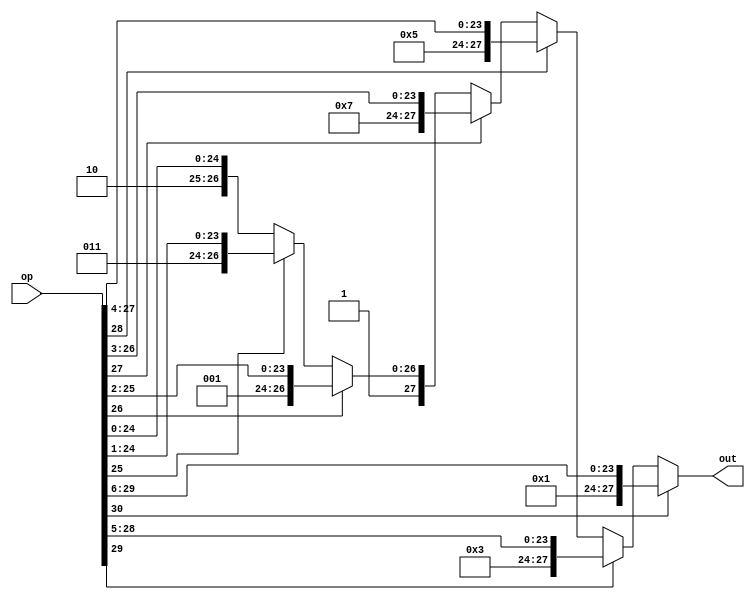
`timescale 1us / 100ns
`default_nettype none

module ZLC_exp(
    input wire [30:0] op,
    output wire [27:0] out
);
assign out =(op[30]) ? {3'd0, op[30:6]} :
            (op[29]) ? {3'd1, op[29:5]} : 
            (op[28]) ? {3'd2, op[28:4]} :
            (op[27]) ? {3'd3, op[27:3]} :
            (op[26]) ? {3'd4, op[26:2]} :
            (op[25]) ? {3'd5, op[25:1]} : {3'd6, op[24:0]};//|op[30:24] == 1

endmodule

module ZLC_fra(
    input wire [23:0] op,
    output wire [28:0] out
);
assign out =(op[23]) ? {5'd0, op[22:0], 1'd0} :
            (op[22]) ? {5'd1, op[21:0], 1'd0, 1'b0} :
            (op[21]) ? {5'd2, op[20:0], 2'd0, 1'b0} :
            (op[20]) ? {5'd3, op[19:0], 3'd0, 1'b0} :
            (op[19]) ? {5'd4, op[18:0], 4'd0, 1'b0} :
            (op[18]) ? {5'd5, op[17:0], 5'd0, 1'b0} :
            (op[17]) ? {5'd6, op[16:0], 6'd0, 1'b0} :
            (op[16]) ? {5'd7, op[15:0], 7'd0, 1'b0} :
            (op[15]) ? {5'd8, op[14:0], 8'd0, 1'b0} :
            (op[14]) ? {5'd9, op[13:0], 9'd0, 1'b0} :
            (op[13]) ? {5'd10, op[12:0], 10'd0, 1'b0} :
            (op[12]) ? {5'd11, op[11:0], 11'd0, 1'b0} :
            (op[11]) ? {5'd12, op[10:0], 12'd0, 1'b0} :
            (op[10]) ? {5'd13, op[9:0], 13'd0, 1'b0} :
            (op[9]) ? {5'd14, op[8:0], 14'd0, 1'b0} :
            (op[8]) ? {5'd15, op[7:0], 15'd0, 1'b0} :
            (op[7]) ? {5'd16, op[6:0], 16'd0, 1'b0} :
            (op[6]) ? {5'd17, op[5:0], 17'd0, 1'b0} :
            (op[5]) ? {5'd18, op[4:0], 18'd0, 1'b0} :
            (op[4]) ? {5'd19, op[3:0], 19'd0, 1'b0} :
            (op[3]) ? {5'd20, op[2:0], 20'd0, 1'b0} :
            (op[2]) ? {5'd21, op[1:0], 21'd0, 1'b0} :
            (op[1]) ? {5'd22, op[0], 22'd0, 1'b0} :
            (op[0]) ? {5'd23, 23'd0, 1'b0} : {5'd24, 23'd0, 1'b1};

endmodule

module itof (
    input wire [31:0] op,
    output reg [31:0] result,
    input wire clk,
    input wire reset
);

reg sig;
reg [30:0] abs_op;

wire [27:0] outpre;
ZLC_exp ZLC_exp_1(abs_op, outpre);
wire [2:0] exp_zero_count;
wire [23:0] fra;
wire kuriagari;
assign exp_zero_count = outpre[27:25];
assign fra = outpre[24:1];
assign kuriagari = outpre[0];
wire fra_all_one;
assign fra_all_one = &fra;

reg [2:0] exp_zero_count_reg;
wire [7:0] zero_exp_zero_count;
assign zero_exp_zero_count = {5'd0, exp_zero_count_reg};
reg [22:0] fra_result;
reg sig_result;
reg [7:0] sub_from;
reg use_fra_plus_1;
reg [23:0] for_fra_plus_1;

wire [28:0] outpre_2;
ZLC_fra ZLC_fra_1(abs_op[23:0], outpre_2);
wire [4:0] fra_zero_count;
wire [22:0] fra_2;
wire is_zero;
assign fra_zero_count = outpre_2[28:24];
assign fra_2 = outpre_2[23:1];
assign is_zero = outpre_2[0];

reg [4:0] fra_zero_count_reg;
wire [7:0] zero_fra_zero_count;
assign zero_fra_zero_count = {3'd0, fra_zero_count_reg};

reg is_zero_reg;
reg exact;

wire [23:0] fra_plus_1;
assign fra_plus_1 = for_fra_plus_1 + 24'd1;
wire [7:0] exp_exact;
assign exp_exact = sub_from - zero_fra_zero_count;
wire [7:0] exp_not_exact;
assign exp_not_exact = sub_from - zero_exp_zero_count;

wire [31:0] result_use_fra_plus_1;
assign result_use_fra_plus_1 = {sig_result, exp_not_exact, fra_plus_1[22:0]};
wire [31:0] result_not_exact;
assign result_not_exact = {sig_result, exp_not_exact, fra_result};
wire [31:0] result_exact;
assign result_exact = {sig_result, exp_exact, fra_result};

always @(posedge clk) begin
    if (~reset) begin
        result <= 32'd0;
        // valid <= 1'b0;
        exp_zero_count_reg <= 3'd0;
        fra_result <= 23'd0;
        sig_result <= 1'b0;
        sub_from <= 8'd0;
        use_fra_plus_1 <= 1'b0;
        for_fra_plus_1 <= 24'd0;
        fra_zero_count_reg <= 5'd0;
        is_zero_reg <= 1'b0;
        exact <= 1'b0;
    end else begin
        if (op[31]) begin
            sig <= 1'b1;
            abs_op <= ~op[30:0] + 31'd1;
        end else begin
            sig <= 1'b0;
            abs_op <= op[30:0];
        end
        sig_result <= sig;
        exp_zero_count_reg <= exp_zero_count;
        fra_zero_count_reg <= fra_zero_count;
        for_fra_plus_1 <= fra;
        if (|abs_op[30:24]) begin//??float??
            exact <= 1'b0;
            is_zero_reg <= 1'b0;
            if (kuriagari & fra_all_one) begin
                fra_result <= 23'd0;
                sub_from <= 8'd158;
                use_fra_plus_1 <= 1'b0;
            end else if (kuriagari) begin
                fra_result <= 23'd0;//?
                use_fra_plus_1 <= 1'b1;
                sub_from <= 8'd157;
            end else begin
                fra_result <= fra[22:0];
                use_fra_plus_1 <= 1'b0;
                sub_from <= 8'd157;
            end
        end else begin //??float?
            exact <= 1'b1;
            fra_result <= fra_2;
            sub_from <= 8'd150;
            use_fra_plus_1 <= 1'b0;
            is_zero_reg <= is_zero;
        end
        if (~exact) begin
            if(use_fra_plus_1) begin
                result <= result_use_fra_plus_1;
                // valid <= 1'b1;
            end else begin
                result <= result_not_exact;
                // valid <= 1'b1;
            end
        end else if (is_zero_reg) begin
            result <= 32'b0;
            // valid <= 1'b1;
        end else if (exact) begin
            result <= result_exact;
            // valid <= 1'b1;
        end
    end
end
    
endmodule
`default_nettype wire